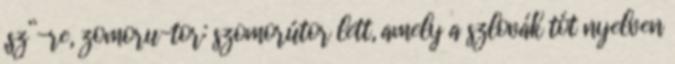
„sz”-re, zomoru-tor: szomorútor lett, amely a szlovák tót nyelven